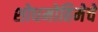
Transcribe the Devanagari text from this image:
शोधमोहिमेचे